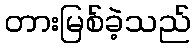
တားမြစ်ခဲ့သည်